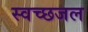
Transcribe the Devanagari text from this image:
स्वच्छजल